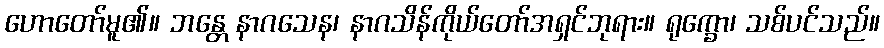
ဟောတော်မူ၏။ ဘန္တေ နာဂသေန၊ နာဂသိန်ကိုယ်တော်အရှင်ဘုရား။ ရုက္ခော၊ သစ်ပင်သည်။